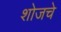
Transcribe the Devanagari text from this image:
शोजचे